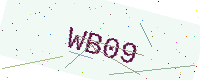
Text: WB09